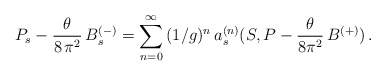
\begin{align*}P_s - \frac{\theta}{8\, \pi^2}\, B^{(-)}_s =\sum_{n = 0}^{\infty}\,(1/g)^n\,a^{(n)}_s(S, P - \frac{\theta}{8 \pi^2} \, B^{(+)})\,.\end{align*}